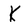
Character: K